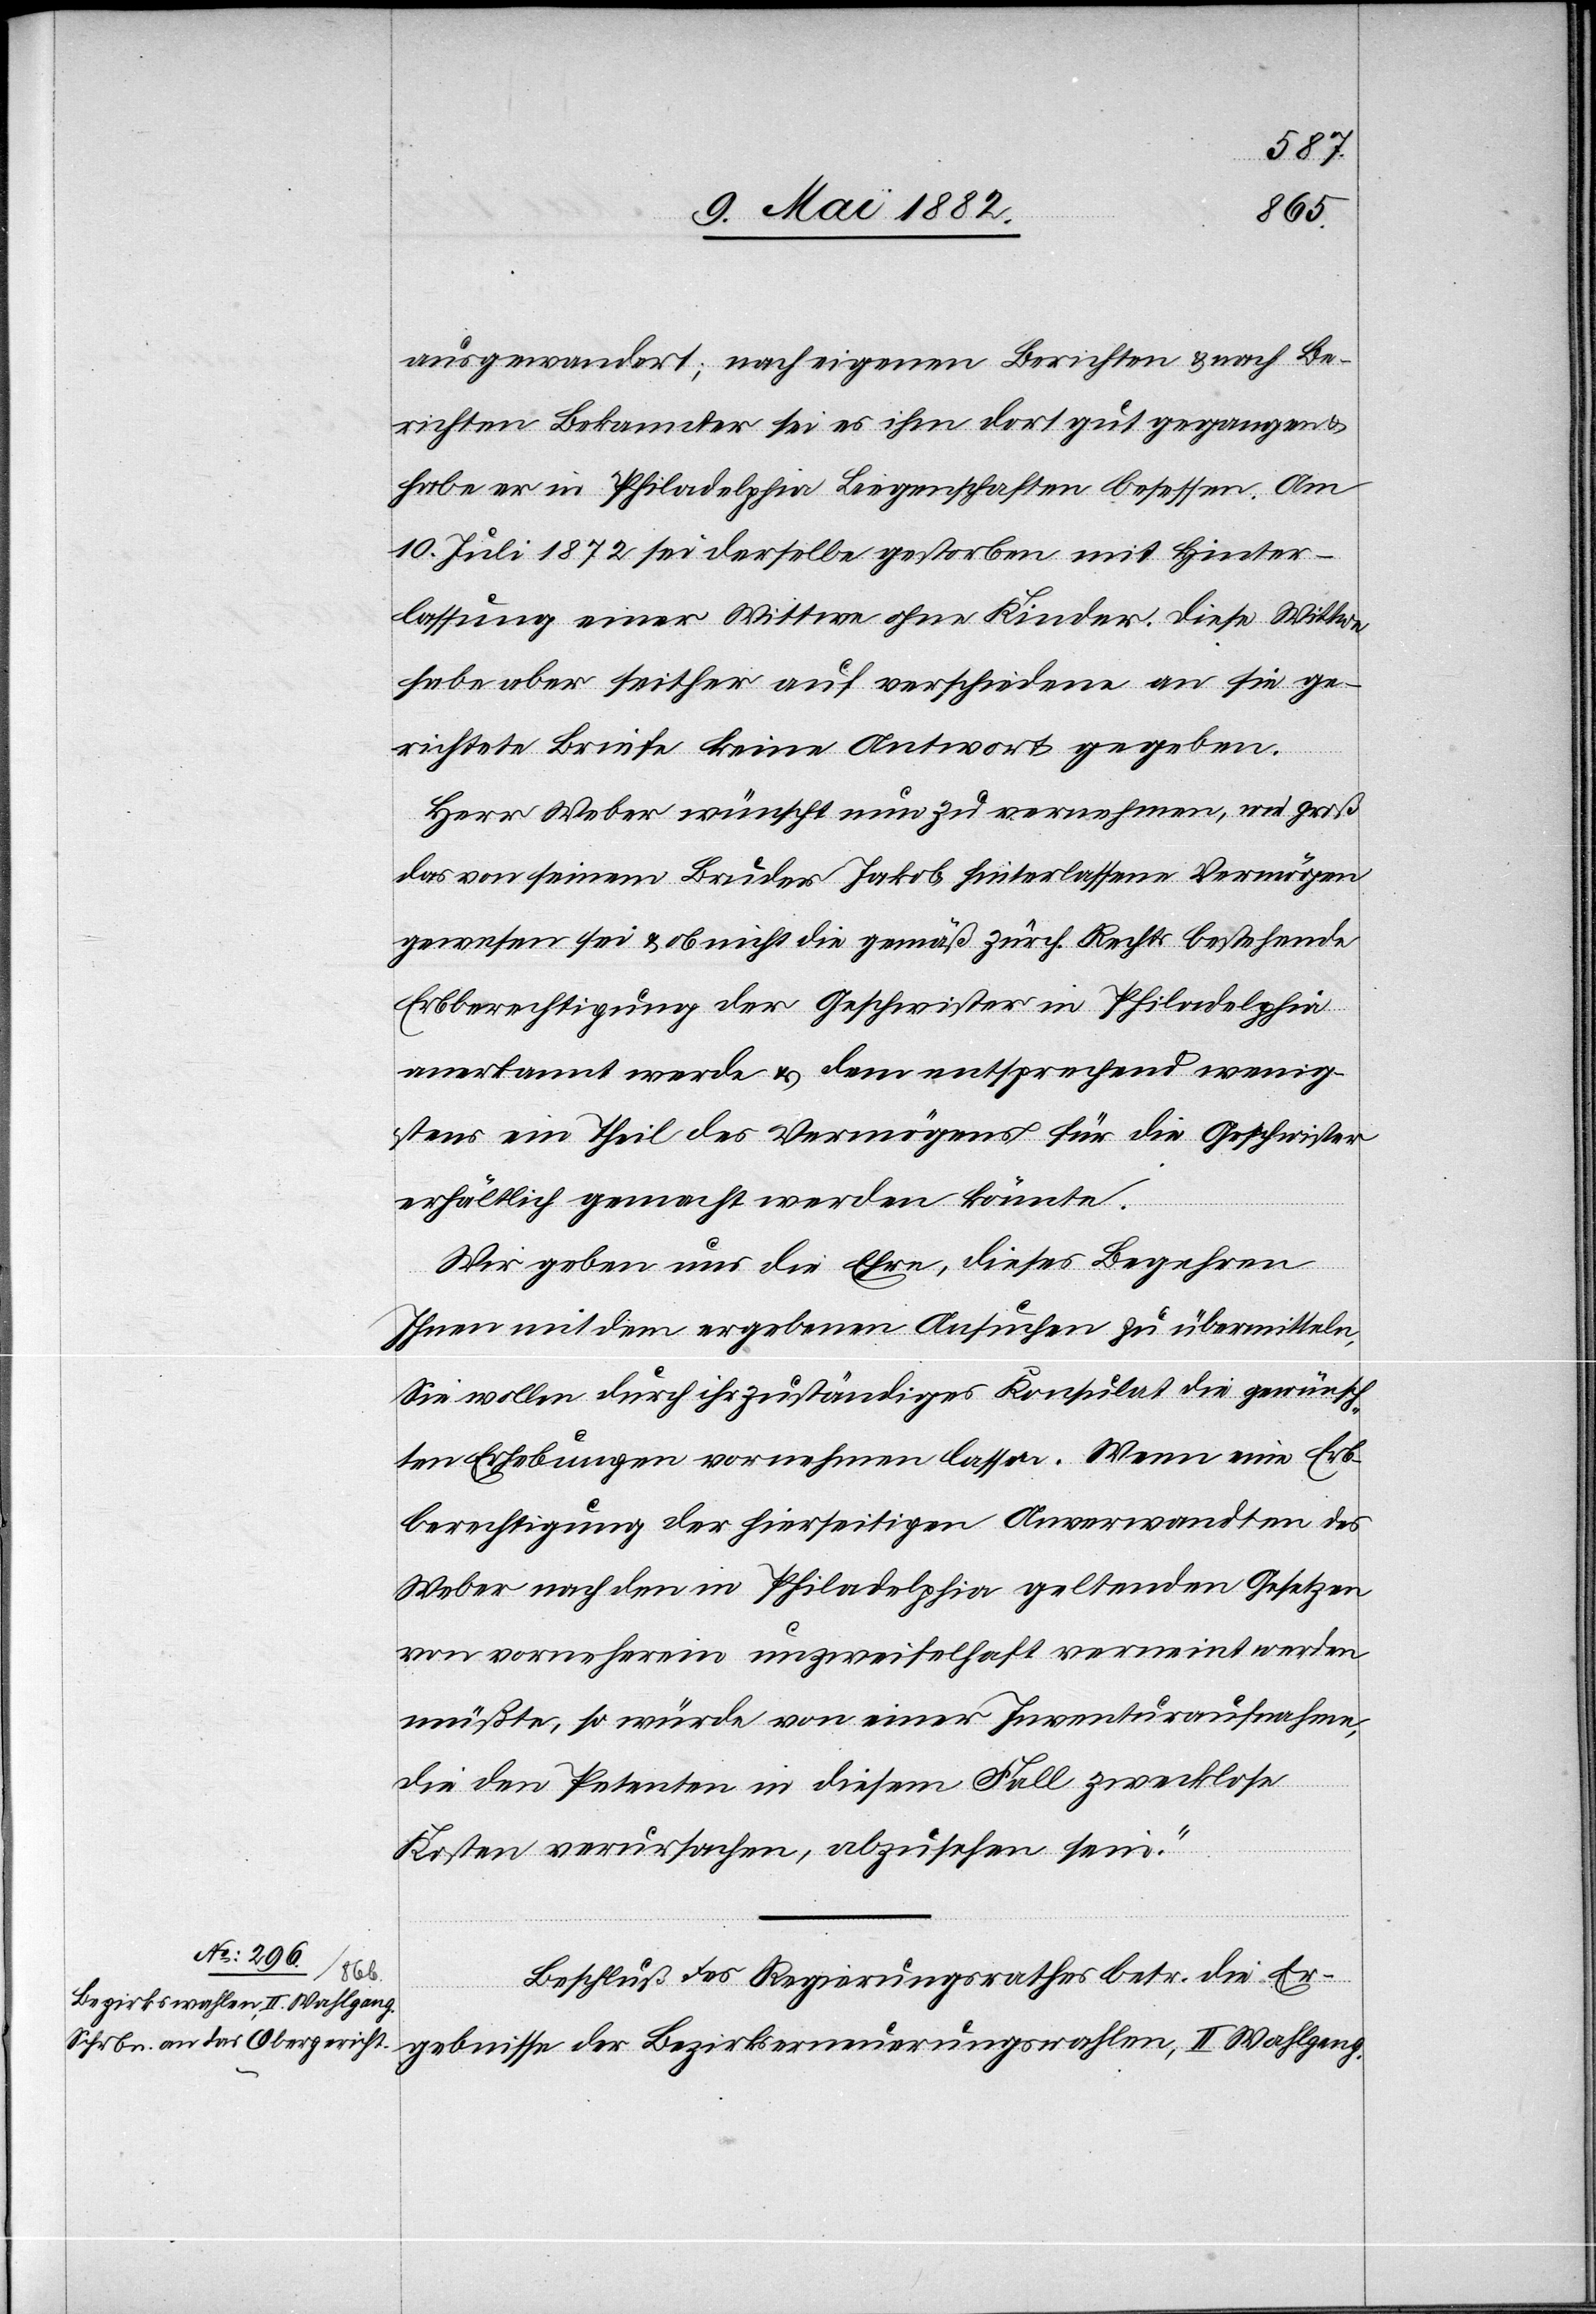
11. Mai 1882.]
ausgewandert; nach eigenen Berichten & nach Be¬
richten Bekannter sei es ihm dort gut gegangen &
habe er in Philadelphia [sic!] Liegenschaften besessen. Am
10. Juli 1872 sei derselbe gestorben mit Hinter¬
lassung einer Wittwe ohne Kinder. Diese Wittwe
habe aber seither auf verschiedene an sie ge¬
richtete Briefe keine Antwort gegeben.
Herr Weber wünscht nun zu vernehmen, wie groß
das von seinem Bruder Jakob hinterlassene Vermögen
gewesen sei & ob nicht die gemäß zürch. Recht bestehende
Erbberechtigung der Geschwister in Philadelphia
anerkannt werden & demensprechend wenig¬
stens ein Theil des Vermögens für die Geschwister
erhältlich gemacht werden könnte.
Wir geben uns die Ehre, dieses Begehren
Ihnen mit dem ergebenen Ansuchen zu übermitteln,
Sie wollen durch ihr zuständiges Konsulat die gewünsch¬
ten Erhebungen vornehmen lassen. Wenn eine Erb¬
berechtigung der hierseitigen Anverwandten des
Weber nach den in Philadelphia geltenden Gesetzes
von vorneherein unzweifelhaft verneint werden
müßte, so würde von einer Inventuraufnahme,
die den Petenten in diesem Fall zwecklose
Kosten verursachen [sic!], abzusehen sein.“
Beschluß des Regierungsrathes betr. die Er¬
gebnisse der Bezirkserneuerungswahlen, II. Wahlgang.